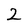
Character: 2